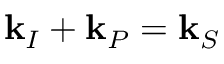
\mathbf { k } _ { I } + \mathbf { k } _ { P } = \mathbf { k } _ { S }